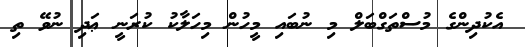
އެކުދިންގެ މުސްތަގްބަލް މި ނުބައި މީހުން މިހަލާކު ކުރަނީ ޢަދި ނުވޭ ތި